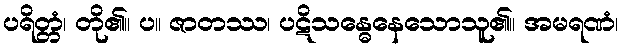
ပရိတ္တံ၊ တို၏။ ပ။ ဇာတဿ၊ ပဋိသန္ဓေနေသောသူ၏။ အမရဏံ၊